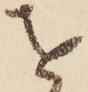
を